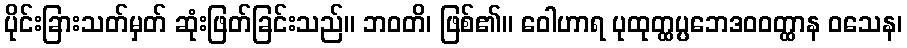
ပိုင်းခြားသတ်မှတ် ဆုံးဖြတ်ခြင်းသည်။ ဘဝတိ၊ ဖြစ်၏။ ဝေါဟာရ ပုထုတ္ထပ္ပဘေဒဝဝတ္ထာန ဝသေန၊